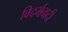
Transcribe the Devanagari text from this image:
विदर्भवादी